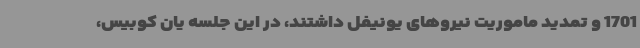
1701 و تمدید ماموریت نیروهای یونیفل داشتند، در این جلسه یان کوبیس،